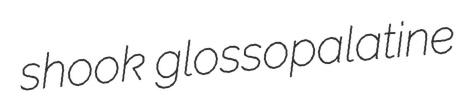
shook glossopalatine